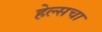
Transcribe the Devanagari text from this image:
हेल्सचा